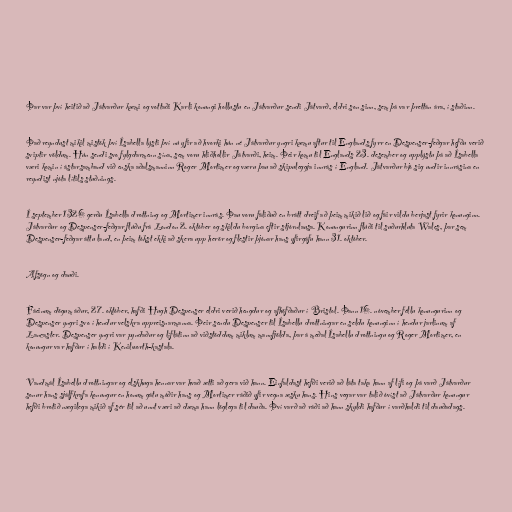
Þar var því heitið að Játvarður kæmi og vottaði Karli konungi hollustu en Játvarður sendi Játvarð, eldri son sinn, sem þá var þrettán ára, í staðinn.

Það reyndust mikil mistök því Ísabella lýsti því nú yfir að hvorki hún né Játvarður yngri kæmu aftur til Englands fyrr en Despenser-feðgar hefðu verið
sviptir völdum. Hún sendi svo fylgdarmenn sína, sem voru hliðhollir Játvarði, heim. Þeir komu til Englands 23. desember og upplýstu þá að Ísabella
væri komin í ástarsamband við enska aðalsmanninn Roger Mortimer og væru þau að skipuleggja innrás í England. Játvarður bjó sig undir innrásina en
reyndist njóta lítils stuðnings.

Í september 1326 gerðu Ísabella drottning og Mortimer innrás. Þau voru fáliðuð en brátt dreif að þeim mikið lið og fáir vildu berjast fyrir konunginn.
Játvarður og Despenser-feðgar flúðu frá London 2. október og skildu borgina eftir stjórnlausa. Konungurinn flúði til suðurhluta Wales, þar sem
Despenser-feðgar áttu land, en þeim tókst ekki að skera upp herör og flestir þjónar hans yfirgáfu hann 31. október.

Afsögn og dauði.

Fáeinum dögum áður, 27. október, hafði Hugh Despenser eldri verið hengdur og afhöfðaður í Bristol. Þann 16. nóvember féllu konungurinn og
Despenser yngri svo í hendur velskra uppreisnarmanna. Þeir sendu Despenser til Ísabellu drottningar en seldu konunginn í hendur jarlinum af
Lancaster. Despenser yngri var pyndaður og líflátinn að viðstöddum miklum mannfjölda, þar á meðal Ísabellu drottningu og Roger Mortimer, en
konungur var hafður í haldi í Kenilworth-kastala.

Vandmál Ísabellu drottningar og elskhuga hennar var hvað ætti að gera við hann. Einfaldast hefði verið að láta taka hann af lífi og þá varð Játvarður
sonur hans sjálfkrafa konungur en honum gátu móðir hans og Mortimer ráðið yfir vegna æsku hans. Hins vegar var talið óvíst að Játvarður konungur
hefði brotið nægilega mikið af sér til að unnt væri að dæma hann löglega til dauða. Því varð að ráði að hann skyldi hafður í varðhaldi til dauðadags.